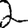
Digit: 2